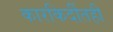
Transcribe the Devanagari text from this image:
कारकिर्दीतही